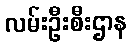
လမ်းဦးစီးဌာန